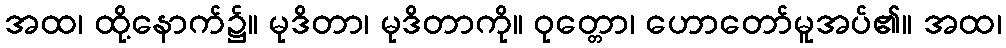
အထ၊ ထို့နောက်၌။ မုဒိတာ၊ မုဒိတာကို။ ဝုတ္တော၊ ဟောတော်မူအပ်၏။ အထ၊